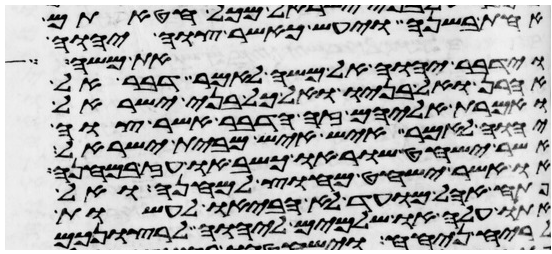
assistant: אחת בשנה ויעש כאשר צוה יהוה
את משה
וידבר יהוה אל משה לאמר דבר אל
אהרן ואל בניו ואל כל בני ישראל
ואמרת אליהם זה הדבר אשר צוה
יהוה לאמר איש איש מבית ישראל
אשר ישחט שור או כשב או עז במחנה
או אשר ישחט מחוץ למחנה ואל
פתח אהל מועד לא הביאו לעשות
אתו עלה או שלמים ליהוה לרצונכם